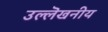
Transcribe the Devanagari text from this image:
उल्लॆखनीय